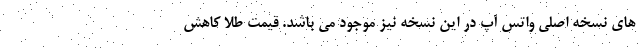
های نسخه اصلی واتس آپ در این نسخه نیز موجود می باشد. قیمت طلا کاهش